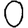
Digit: 0